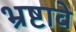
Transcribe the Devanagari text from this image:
भ्रष्टावे